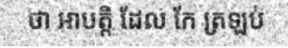
ថា អាបត្តិ ដែល កែ ត្រឡប់